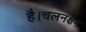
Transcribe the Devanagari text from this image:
है।चलनक्षम